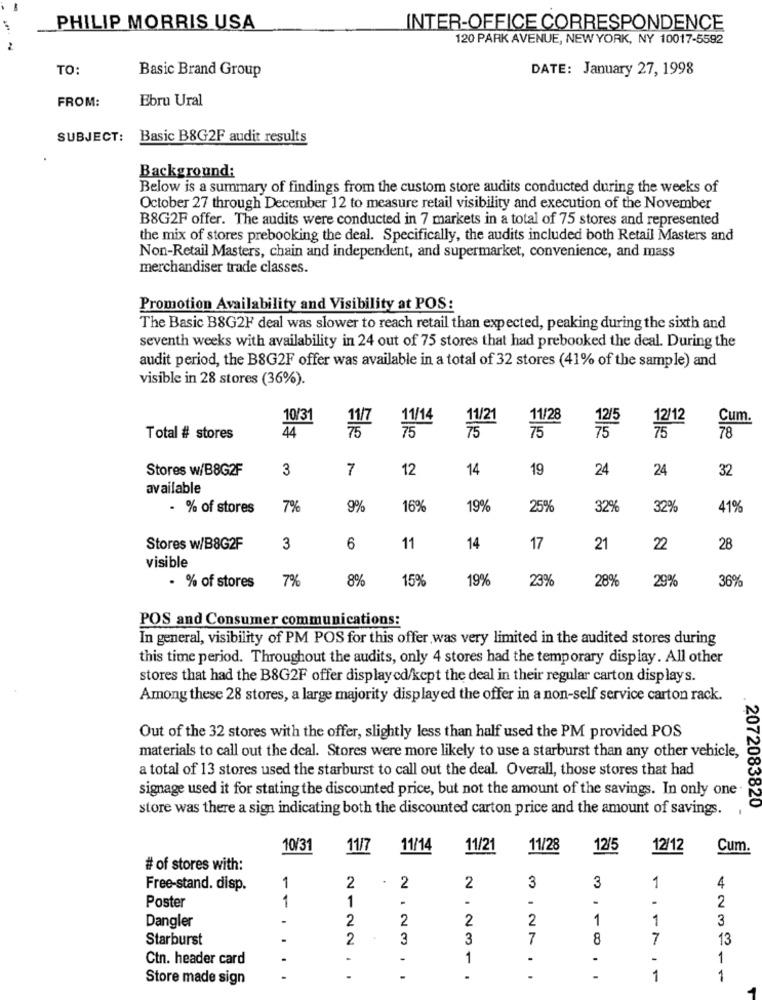
PHILIP MORRIS USA
INTER-OFFICE CORRESPONDENCE
120 PARK AVENUE, NEW YORK, NY 10017-5592
TO:
Basic Brand Group
DATE: January 27, 1998
FROM:
Ebru Ural
SUBJECT: Basic B8G2F audit results
Background:
Below is a summary of findings from the custom store audits conducted during the weeks of
October 27 through December 12 to measure retail visibility and execution of the November
B8G2F offer. The audits were conducted in 7 markets in a total of 75 stores and represented
the mix of stores prebooking the deal. Specifically, the audits included both Retail Masters and
Non-Retail Masters, chain and independent, and supermarket, convenience, and mass
merchandiser trade classes.
Promotion Availability and Visibility at POS:
The Basic B8G2 deal was slower to reach retail than expected, peaking during the sixth and
seventh weeks with availability in 24 out of 75 stores that had prebooked the deal. During the
audit period, the B8G2F offer was available in a total of 32 stores (41% of the sample) and
visible in 28 stores (36%).
10/31
11/14
11/28
12/12
Cum.
11/21
1215
Total # stores
44
10
78
Stores w/B8G2F
3
7
12
14
19
24
24
32
available
- % of stores
7%
9%
16%
19%
25%
32%
32%
41%
Stores w/B8G2F
3
6
11
14
17
21
22
28
visible
7%
8%
15%
19%
23%
28%
29%
36%
· % of stores
POS and Consumer communications:
In general, visibility of PM POS for this offer was very limited in the audited stores during
this time period. Throughout the audits, only 4 stores had the temporary display. All other
stores that had the B8G2F offer displayed/kept the deal in their regular carton displays.
Among these 28 stores, a large majority displayed the offer in a non-self service carton rack.
Out of the 32 stores with the offer, slightly less than half used the PM provided POS
materials to call out the deal. Stores were more likely to use a starburst than any other vehicle,
a total of 13 stores used the starburst to call out the deal. Overall, those stores that had
signage used it for stating the discounted price, but not the amount of the savings. In only one
.2072083820
store was there a sign indicating both the discounted carton price and the amount of savings. .
10/31
11/7
11/14
11/21
11/28
12/5
12/12
Cum.
# of stores with:
1
3
1
Free-stand. disp.
2
2
2
3
4
1
1
-
-
-
2
Poster
-
2
2
2
2
1
1
3
Dangler
Starburst
2
3
3
7
8
7
13
Ctn. header card
.
-
-
1
1
Store made sign
-
1
1